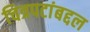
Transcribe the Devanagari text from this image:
चित्रपटांबद्दल